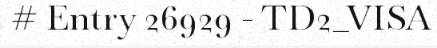
# Entry 26929 - TD2_VISA